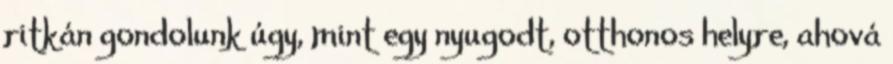
ritkán gondolunk úgy, mint egy nyugodt, otthonos helyre, ahová